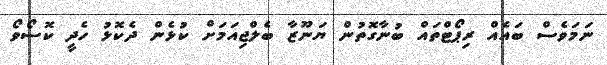
ނަމަވެސް ބައެއް ރިޕޯޓްތައް ބުނާގޮތުން ޔަނޫޒާ ބެލްޖިއަމަށް ކުޅެން ދެކޮޅު ހެދީ ކޮސޯވޯ